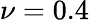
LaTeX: \nu=0.4